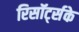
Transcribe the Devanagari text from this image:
रिसॉर्ट्सके